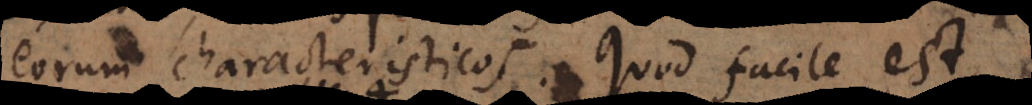
eorum characteristicos. Quod facile est